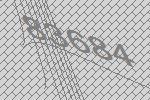
83684